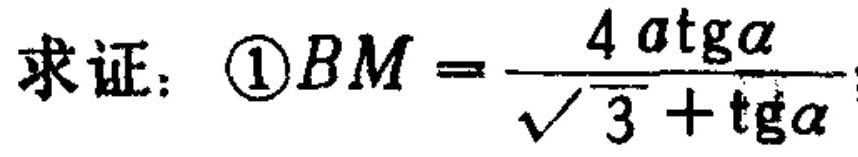
求证：\textcircled{1}\(BM = \frac{4a\mathrm{tg}\alpha}{\sqrt{3}+\mathrm{tg}\alpha}\)